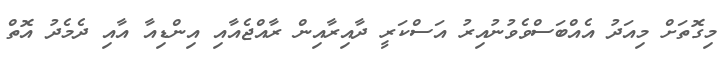
މިގޮތަށް މިއަދު އެއްބަސްވެވުނުއިރު އަސްކަރީ ދާއިރާއިން ރާއްޖެއާއި އިންޑިއާ އާއި ދެމެދު އޮތް